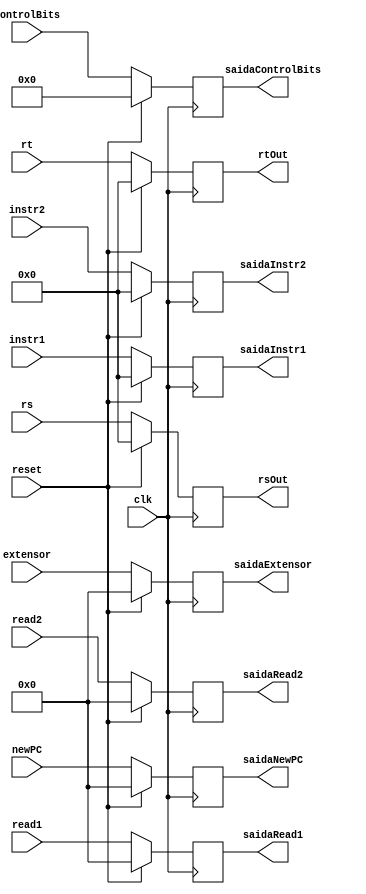
module ID_EX(clk, reset, controlBits, newPC, read1, read2, extensor, instr2, instr1, rs, rt, saidaControlBits, 
			saidaNewPC, saidaRead1, saidaRead2, saidaExtensor, saidaInstr2, saidaInstr1, rsOut, rtOut);

  input clk, reset;
  input [8:0] controlBits;
  input [31:0] read1, read2, extensor, newPC;
  input [4:0] instr2, instr1;
  input [4:0]rs, rt;
  output reg [8:0] saidaControlBits;
  output reg [31:0] saidaNewPC, saidaRead1, saidaRead2, saidaExtensor;
  output reg [4:0] saidaInstr2, saidaInstr1;
  output reg [4:0]rsOut, rtOut;

  always @(posedge clk) begin
    if (reset) begin
      saidaControlBits <= 0;
      saidaNewPC <= 0;
      saidaInstr2 <= 0;
      saidaInstr1 <= 0;
      saidaRead1 <= 0;
      saidaRead2 <= 0;
      saidaExtensor <= 0;
      rsOut <= 0;
      rtOut <= 0;

    end
    else begin
      saidaControlBits <= controlBits;
      saidaNewPC <= newPC;
      saidaInstr2 <= instr2;
      saidaInstr1 <= instr1;
      saidaRead1 <= read1;
      saidaRead2 <= read2;
      saidaExtensor <= extensor;
      rsOut <= rs;
      rtOut <= rt;
    end
  end

endmodule